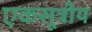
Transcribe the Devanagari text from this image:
एकसूत्रीय